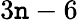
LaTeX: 3\mathtt{n}-6